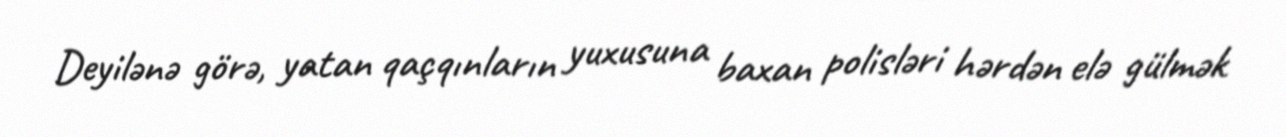
Deyilənə görə, yatan qaçqınların yuxusuna baxan polisləri hərdən elə gülmək